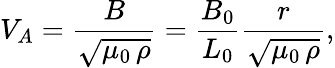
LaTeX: V_{A}=\frac{B}{\sqrt{\mu_{0}\, \rho}}=\frac{B_{0}}{L_{0}}\frac{r}{\sqrt{\mu_{0}\, \rho}},